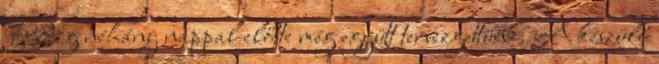
Pedig néhány nappal előtte még együtt tervezgettünk. A készülő